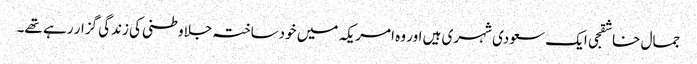
جمال خاشقجی ایک سعودی شہری ہیں اور وہ امریکہ میں خودساختہ جلاوطنی کی زندگی گزار رہے تھے۔